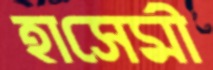
হাসেমী